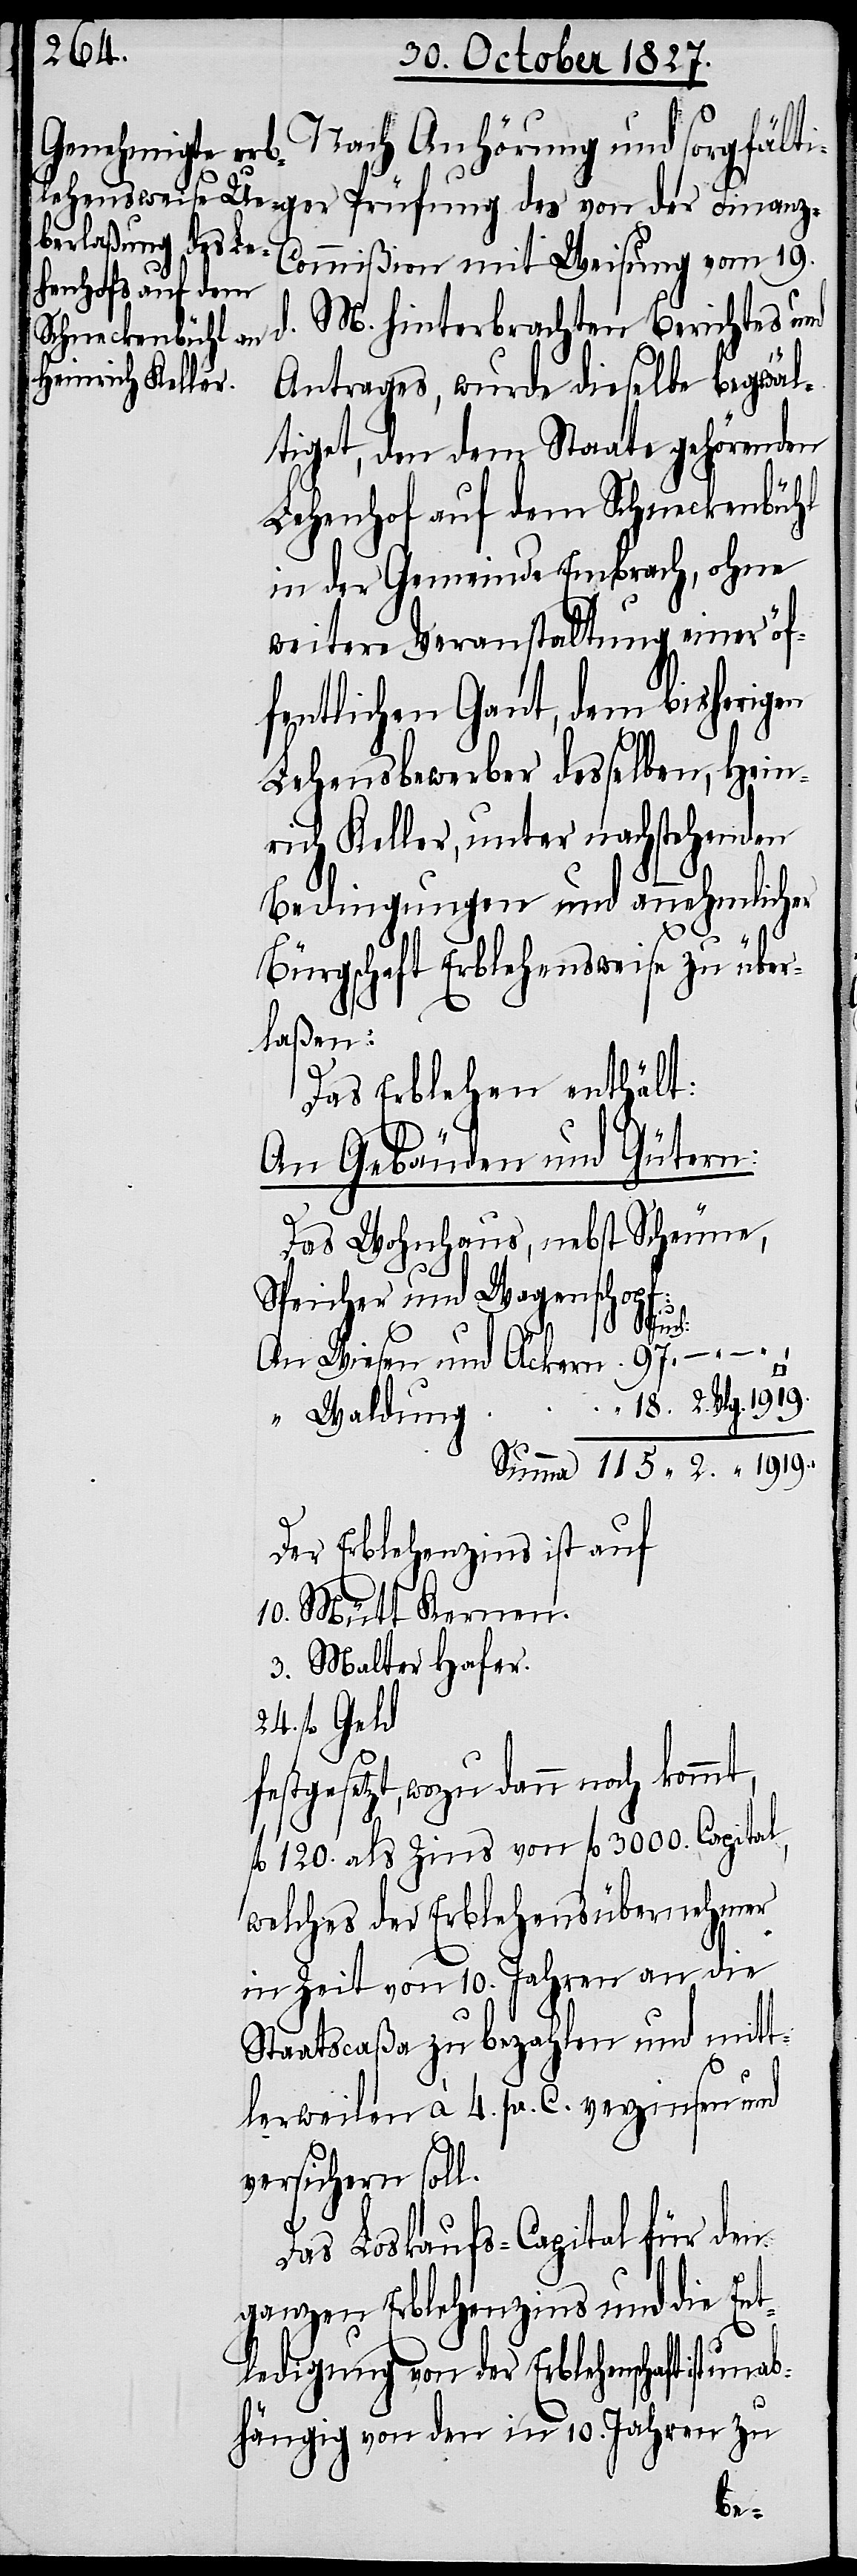
Nach Anhörung und sorgfälti¬
z-Commißion mit Weisung vom 19.
M. hinterbrachten Berichtes und
Antrages, wurde dieselbe begwäl¬
tiget, den dem Staate gehörenden
Lehenhof auf dem Schneckenbühl
in der Gemeinde Embrach, ohne
weitere Veranstaltung einer öf¬
fentlichen Gant, dem bisherigen
Lehensbewerber desselben, Hein¬
rich Keller, unter nachstehenden
Bedingungen und annehmlicher
24.
Bürgschaft Erblehensweise zu über¬
laßen:
Das Erblehen enthält:
An Gebäuden und Gütern:
Das Wohnhaus, nebst Scheune,
Speicher und Wagenschop¬
ten]:
An Wiesen und Äckern	97.
d.
“ Waldung
Summa 115. “	2. “	1919.
Der Erblehenszins ist auf
10. Mütt Kernen.
3. Malter Hafer.
fl. Geld
stgesetzt, wozu dann noch kommt,
fl. 120. als Zins von fl. 3000. Capital,
welches der Erblehensübernehmer
in Zeit von 10. Jahren an die
Staatscaßa zu bezahlen und mitt¬
lerweilen à 4. pr. C. verzinsen und
versichern soll.
Das Loskaufs-Capital für den
ganzen Erblehenszins und die Ent¬
ledigung von der Erblehenschaft ist
unab¬
hängig von den in 10. Jahren zu
fe¬